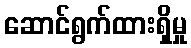
ဆောင်ရွက်ထားရှိမှု